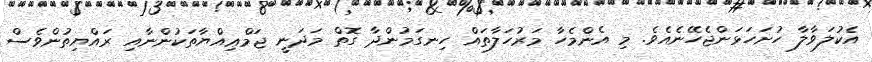
އެކުލަވާލާ ހުށަހަޅަންޖެހޭނެއެވެ. މި އެންމެހާ މަރުހަލާތައް ހިނގަމުންދާ ގޮތް މަދަނީ ޖަމްޢިއްޔާތަކުންނާއި ރައްޔިތުންވެސް